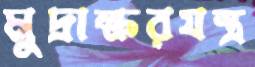
মুদ্রাক্ষরযন্ত্র